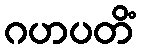
ဂဟပတိံ